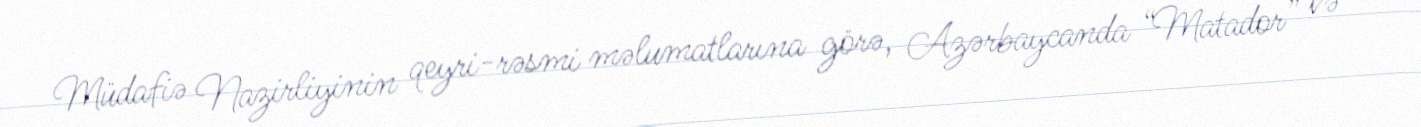
Müdafiə Nazirliyinin qeyri-rəsmi məlumatlarına görə, Azərbaycanda “Matador” və